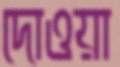
দোওয়া